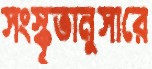
সংস্কৃতানুসারে